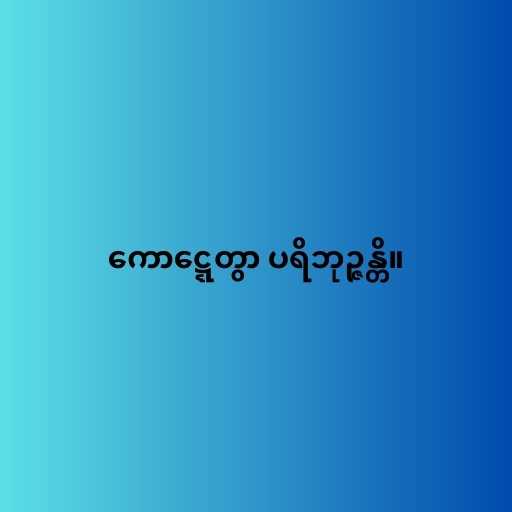
ကောဋ္ဋေတွာ ပရိဘုဉ္ဇန္တိ။